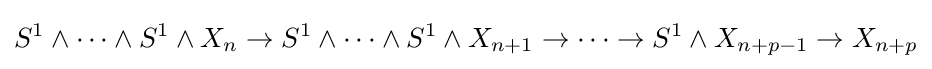
S^{1}\wedge \dots \wedge S^{1}\wedge X_{n}\to S^{1}\wedge \dots \wedge S^{1}\wedge X_{n+1}\to \dots \to S^{1}\wedge X_{n+p-1}\to X_{n+p}